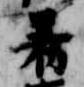
着